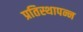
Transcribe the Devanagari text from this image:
प्रतिस्थापन्न